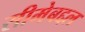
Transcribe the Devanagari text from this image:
सीमेबद्दल